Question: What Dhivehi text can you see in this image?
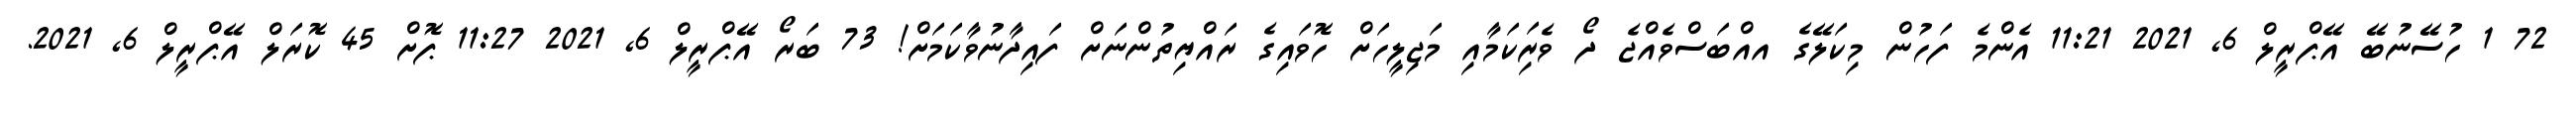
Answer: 72 1 ހުސޭނުބޭ އޭޕްރީލް 6, 2021 11:21 އެންމެ ފަހުން މިކަލޭގެ އއްބަސްވެއްޖެ ދޯ ވެރިަކަމާއި މަޖިލީހަށް ހޮވައިގެ ރައްޔިތުންނަށް ފައިދާނުވާކަމަށް! 73 ބަރޯ އޭޕްރީލް 6, 2021 11:27 ޕޮށް 45 ކޮރަލް އޭޕްރީލް 6, 2021.